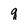
Character: q